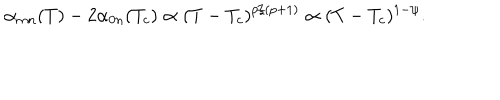
\alpha _ { m n } ( T ) - 2 \alpha _ { 0 n } ( T _ { c } ) \propto ( T - T _ { c } ) ^ { p / ( p + 1 ) } \propto ( T - T _ { c } ) ^ { 1 - \psi } .